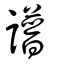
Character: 譜